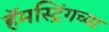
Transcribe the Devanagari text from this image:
हॅमस्ट्रिंगच्या